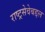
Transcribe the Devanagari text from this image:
राष्ट्रसेवेबद्दल